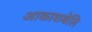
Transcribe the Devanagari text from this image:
आकाशबेलि